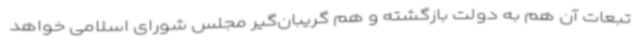
تبعات آن هم به دولت بازگشته و هم گریبان‌گیر مجلس شورای اسلامی خواهد